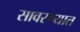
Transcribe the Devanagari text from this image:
सावरण्यात